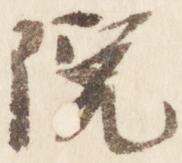
院